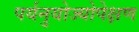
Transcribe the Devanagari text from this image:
पर्यनुयोज्योपेक्षण